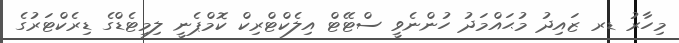
މިހާރު ޑރ ޒައިދު މުޙައްމަދު ހުންނެވީ ސްޓޭޓް އިލެކްޓްރިކް ކޮމްޕެނީ ލިމިޓެޑްގެ ޑިރެކްޓަރުގެ